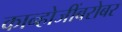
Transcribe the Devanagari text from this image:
कान्होजींबरोबर